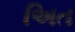
અિત